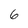
Character: 6